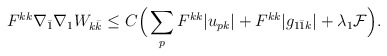
\begin{align*}\begin{aligned} F^{kk}\nabla_{\bar 1}\nabla_1 W_{k\bar k}&\leq C\Big( \sum_p F^{kk}|u_{pk}| + F^{kk}|g_{1\bar 1k}| +\lambda_1\mathcal{F}\Big). \end{aligned}\end{align*}